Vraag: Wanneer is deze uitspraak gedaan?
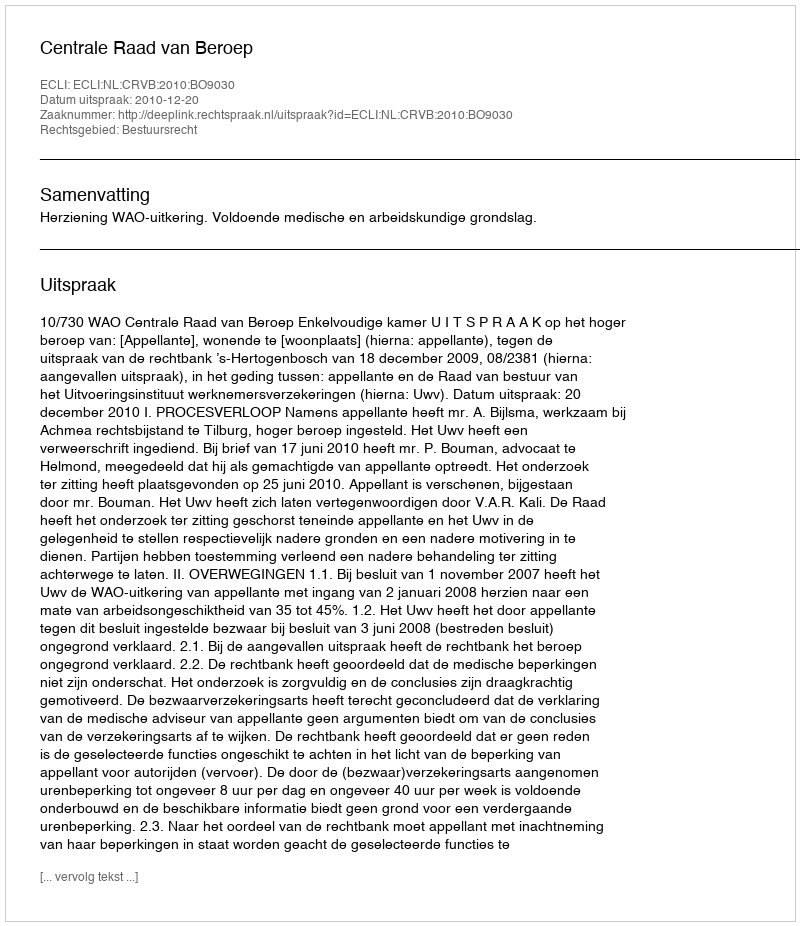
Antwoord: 2010-12-20